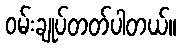
၀မ်းချုပ်တတ်ပါတယ်။